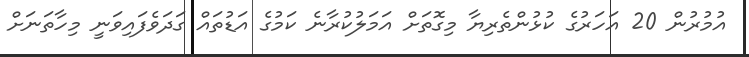
އުމުރުން 20 އަހަރުގެ ކުޅުންތެރިޔާ މިގޮތަށް އަމަލުކުރާނެ ކަމުގެ އަޑުތައް ގަދަވެފައިވަނީ މިހާތަނަށް